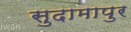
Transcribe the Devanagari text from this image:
सुदामापुर